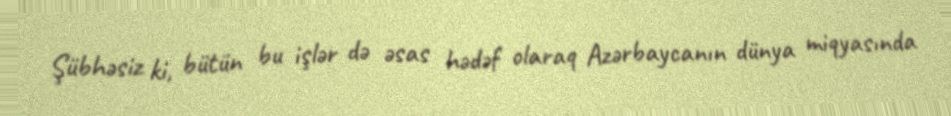
Şübhəsiz ki, bütün bu işlər də əsas hədəf olaraq Azərbaycanın dünya miqyasında